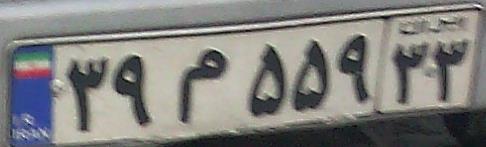
۳۹م۵۵۹۳۳